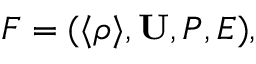
F = ( \langle { \rho } \rangle , { \bf { U } } , P , E ) ,